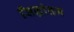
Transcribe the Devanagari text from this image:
सिद्धांतम